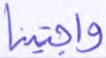
واجتبينا